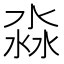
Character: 淼